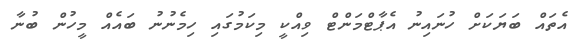
އެތައް ބަޔަކަށް ހުނައިނު އެޕާޓްމަންޓް ވިއްކީ މިކަމުގައި ހިމެނުނު ބައެއް މީހުން ބުނާ